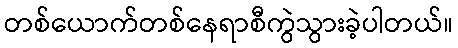
တစ်ယောက်တစ်နေရာစီကွဲသွားခဲ့ပါတယ်။